Indian journal of veterinary science and animal husbandry - Volume 5,
Year: 1935
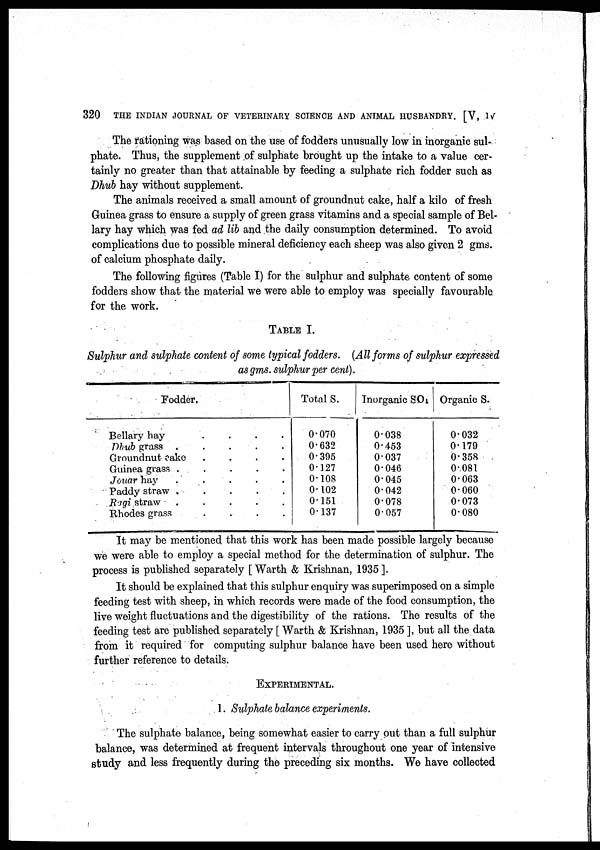
320
THE INDIAN JOURNAL OF VETERINARY SCIENCE AND ANIMAL HUSBANDRY. [V, IV
The rationing was based on the use of fodders unusually low in inorganic sul-
phate. Thus, the supplement of sulphate brought up the intake to a value cer-
tainly no greater than that attainable by feeding a sulphate rich fodder such as
Dhub hay without supplement.
The animals received a small amount of groundnut cake, half a kilo of fresh
Guinea grass to ensure a supply of green grass vitamins and a special sample of Bel-
lary hay which was fed ad lib and the daily consumption determined. To avoid
complications due to possible mineral deficiency each sheep was also given 2 gms.
of calcium phosphate daily.
The following figures (Table I) for the sulphur and sulphate content of some
fodders show that the material we were able to employ was specially favourable
for the work.
TABLE. I.
Sulphur and sulphate content of some typical fodders. (All forms of sulphur expressed
as gms. sulphur per cent).
Fodder.
Bellary hay . . .
Dhub grass . . .
Groundnut cake . . .
Guinea grass . . .
Jouar hay . . .
Paddy straw . . .
Ragi straw . . .
Rhodes grass . . .
Total S.
0.070
0.632
0.395
0.127
0.108
0.102
0.151
0.137
Inorganic SO.
0.038
0.453
0.037
0.046
0.045
0.042
0.078
0.057
Organic S.
0.032
0.179
0.358
0.081
0.063
0.060
0.073
0.080
It may be mentioned that this work has been made possible largely because
we were able to employ a special method for the determination of sulphur. The
process is published separately [ Warth & Krishnan, 1935 ].
It should be explained that this sulphur enquiry was superimposed on a simple
feeding test with sheep, in which records were made of the food consumption, the
live weight fluctuations and the digestibility of the rations. The results of the
feeding test are published separately [ Warth & Krishnan, 1935 ], but all the data
from it required for computing sulphur balance have been used hero without
further reference to details.
EXPERIMENTAL.
1. Sulphate balance experiments.
The sulphate balance, being somewhat easier to carry out than a full sulphur
balance, was determined at frequent intervals throughout one year of intensive
study and less frequently during the preceding six months. We have collected